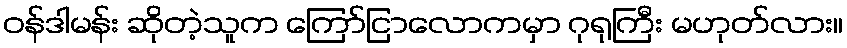
ဝန်ဒါမန်း ဆိုတဲ့သူက ကြော်ငြာလောကမှာ ဂုရုကြီး မဟုတ်လား။